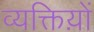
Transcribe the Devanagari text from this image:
व्यक्तिय़ों